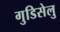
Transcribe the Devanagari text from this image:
गुडिसेलु